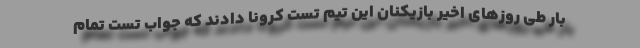
بار طی روز‌های اخیر بازیکنان این تیم تست کرونا دادند که جواب تست تمام